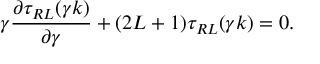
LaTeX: \gamma \frac { { \partial } \tau _ { R L } ( \gamma k ) } { { \partial } \gamma } + ( 2 L + 1 ) \tau _ { R L } ( \gamma k ) = 0 .